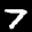
Label: 7